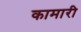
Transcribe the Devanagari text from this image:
कामारी